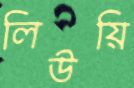
লিউয়ি